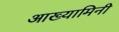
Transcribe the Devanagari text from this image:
आख्यामिनी